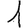
Digit: 1